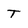
Character: T